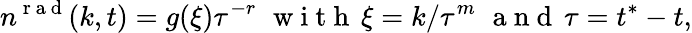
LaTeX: n^{\mathrm{~r~a~d~}}(k,t)=g(\xi)\tau^{-r}\, \, \mathrm{~w~i~t~h~}\, \xi=k/\tau^{m}\, \, \mathrm{~a~n~d~}\, \tau=t^{*}-t,